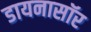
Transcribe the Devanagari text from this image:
डायनासॉर